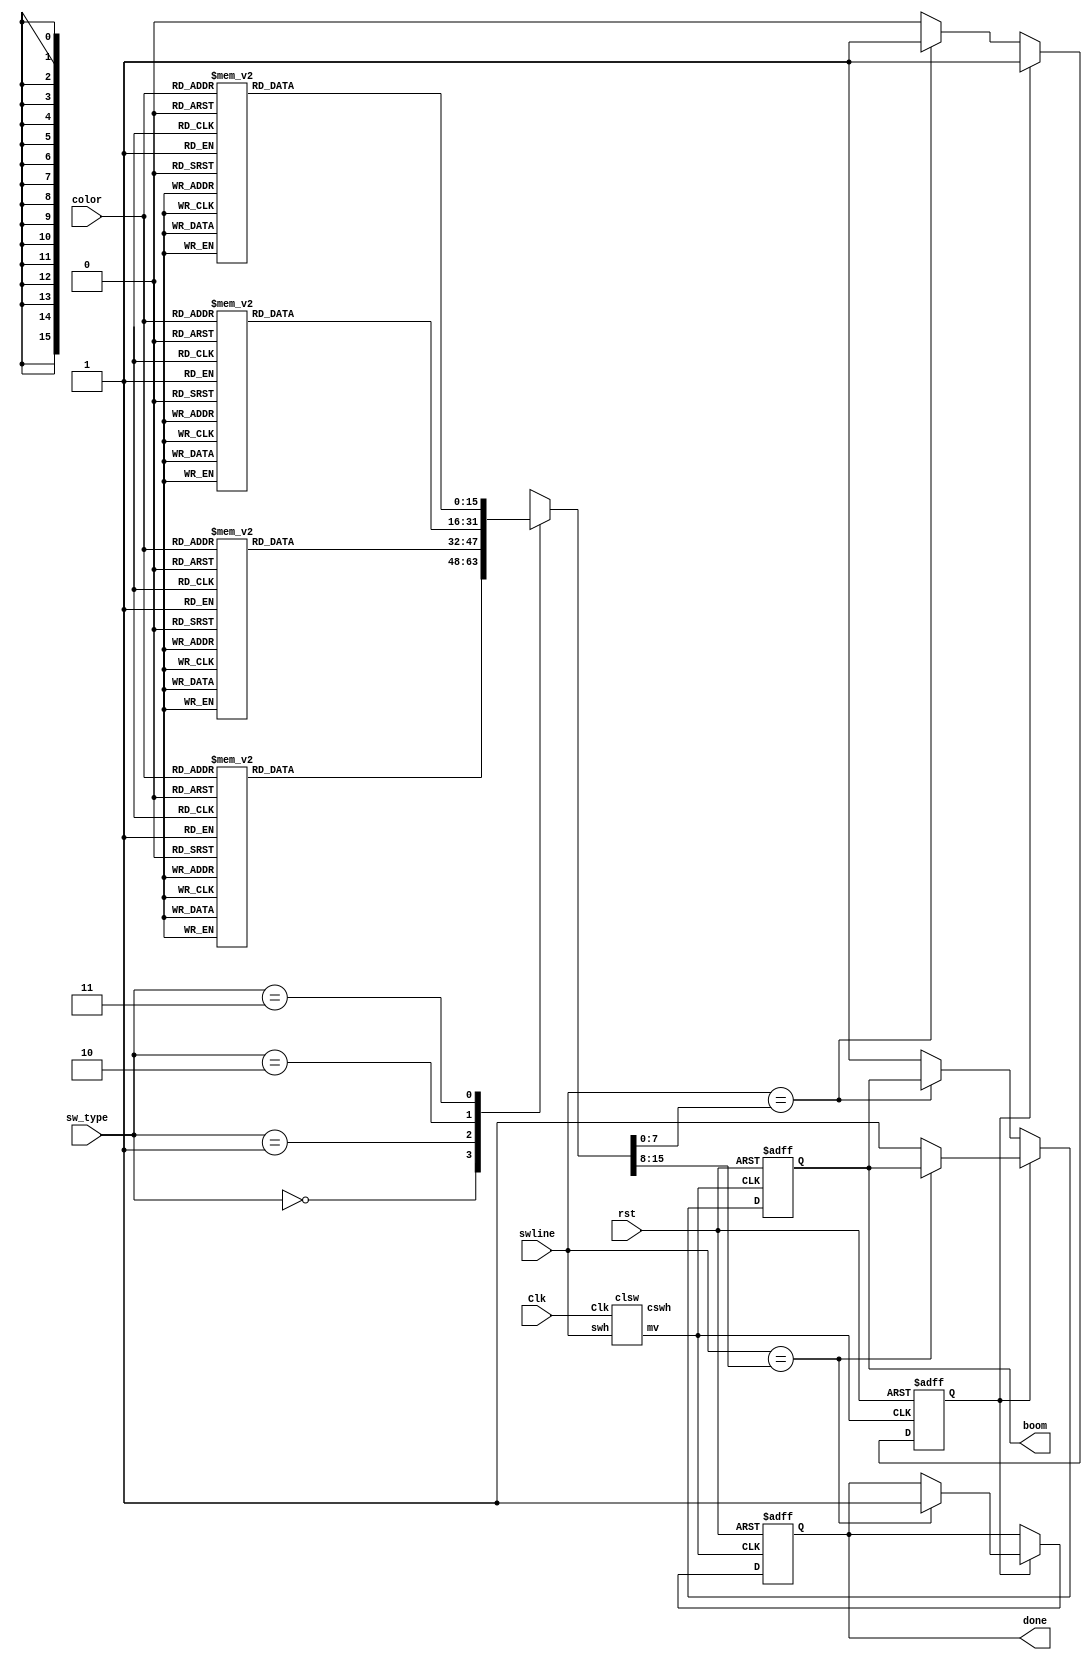
module switch(
	input [7:0] swline,
	input [1:0] sw_type,
	input [2:0]color,
	input Clk, //1K Hz
	input rst,
	output reg boom,
	output reg done
);
	wire [7:0]line;
	reg [7:0] fir,sec;
	reg state;
	clsw CL1(swline,Clk,line,sw_move);
	
	initial begin
		boom <= 0;
		done <= 0;
		state <= 0;
		end
		
	always@(*)
		case(sw_type)
			2'b00:begin 
				case(color)
					3'b111:begin fir <= 8'b01001111 ; sec <= 8'b01000111; end
					3'b110:begin fir <= 8'b00011111 ; sec <= 8'b00011101; end
					3'b101:begin fir <= 8'b00101111 ; sec <= 8'b00101101; end
					3'b100:begin fir <= 8'b00001110 ; sec <= 8'b00101110; end
					3'b011:begin fir <= 8'b00001011 ; sec <= 8'b10001011; end
					3'b010:begin fir <= 8'b00000111 ; sec <= 8'b00000011; end
					3'b001:begin fir <= 8'b00101111 ; sec <= 8'b00101110; end
					3'b000:begin fir <= 8'b10001111 ; sec <= 8'b10011111; end
					endcase
				end
			2'b01:begin 
				case(color)
					3'b111:begin fir <= 8'b00001011 ;sec <= 8'b00101011; end
					3'b110:begin fir <= 8'b00001101 ;sec <= 8'b00001001; end
					3'b101:begin fir <= 8'b00011111 ;sec <= 8'b00011011; end
					3'b100:begin fir <= 8'b00001011 ;sec <= 8'b01001011; end
					3'b011:begin fir <= 8'b10001111 ;sec <= 8'b10001011; end
					3'b010:begin fir <= 8'b00000111 ;sec <= 8'b00000110; end
					3'b001:begin fir <= 8'b00101111 ;sec <= 8'b00101101; end
					3'b000:begin fir <= 8'b01001111 ;sec <= 8'b01101111; end
					endcase
				end
			2'b10:begin 
				case(color)
					3'b111:begin fir <= 8'b00000111 ;sec <= 8'b00000011; end
					3'b110:begin fir <= 8'b00101111 ;sec <= 8'b00111111; end
					3'b101:begin fir <= 8'b10001111 ;sec <= 8'b10001101; end
					3'b100:begin fir <= 8'b01001111 ;sec <= 8'b01011111; end
					3'b011:begin fir <= 8'b00001011 ;sec <= 8'b00001010; end
					3'b010:begin fir <= 8'b00001101 ;sec <= 8'b00001001; end
					3'b001:begin fir <= 8'b01001111 ;sec <= 8'b01001101; end
					3'b000:begin fir <= 8'b00001011 ;sec <= 8'b00000011; end
					endcase
				end
			2'b11:begin 
				case(color)
					3'b111:begin fir <= 8'b00011111 ;sec <= 8'b01011111; end
					3'b110:begin fir <= 8'b10001111 ;sec <= 8'b10101111; end
					3'b101:begin fir <= 8'b00101111 ;sec <= 8'b00101011; end
					3'b100:begin fir <= 8'b01001111 ;sec <= 8'b01000111; end
					3'b011:begin fir <= 8'b00001011 ;sec <= 8'b10001011; end
					3'b010:begin fir <= 8'b00011111 ;sec <= 8'b00011101; end
					3'b001:begin fir <= 8'b00001011 ;sec <= 8'b00011011; end
					3'b000:begin fir <= 8'b00001110 ;sec <= 8'b00001100; end
					endcase
				end
		endcase

		always@(posedge sw_move, posedge rst)
			if(rst) begin state <= 0; boom <= 0; done <= 0; end
			else 
				if(~state)
					if(swline == fir)state <= 1;
					else boom <= 1;
				else
					if(swline == sec)done <= 1;
					else boom <= 1;

endmodule

module clsw(
	input [7:0]swh,
	input Clk,
	output reg [7:0] cswh,
	output reg mv
);
	reg [7:0]wai;
	
	always@(posedge Clk)
		if( swh != cswh)begin
			if(wai > 200)begin cswh <= swh; mv <= 1; end
			else wai <= wai+1;
			end
		else begin wai <= 0; mv <= 0; end
endmodule